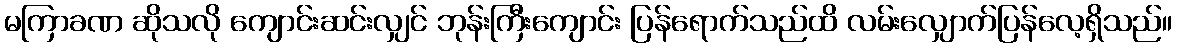
မကြာခဏ ဆိုသလို ကျောင်းဆင်းလျှင် ဘုန်းကြီးကျောင်း ပြန်ရောက်သည်ထိ လမ်းလျှောက်ပြန်လေ့ရှိသည်။